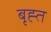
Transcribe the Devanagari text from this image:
बृह्त